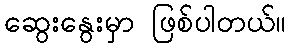
ဆွေးနွေးမှာ ဖြစ်ပါတယ်။